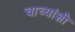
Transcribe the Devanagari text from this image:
चाच्यांशी